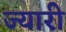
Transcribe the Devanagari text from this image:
ज्यारी